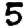
Digit: 5